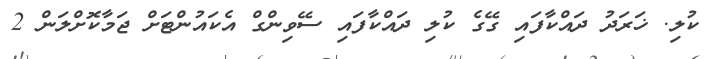
ކުލި. ޚަރަދު ދައްކާފައި ގޭގެ ކުލި ދައްކާފައި ސޭވިންގް އެކައުންޓަށް ޖަމާކޮށްލަން 2